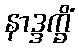
နာဒ္ဒက္ခိံ